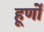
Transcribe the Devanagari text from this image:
हूर्णों